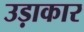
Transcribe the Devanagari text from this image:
उड़ाकार